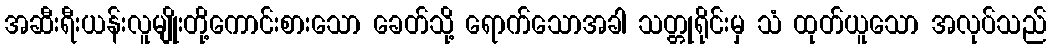
အဆီးရီးယန်းလူမျိုးတို့ကောင်းစားသော ခေတ်သို့ ရောက်သောအခါ သတ္တုရိုင်းမှ သံ ထုတ်ယူသော အလုပ်သည်